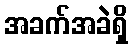
အခက်အခဲရှိ